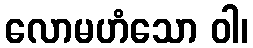
လောမဟံသော ဝါ၊